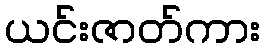
ယင်းဇာတ်ကား